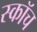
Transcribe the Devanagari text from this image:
स्‍कॉच